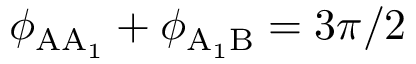
\phi _ { \mathrm { A A _ { 1 } } } + \phi _ { \mathrm { A _ { 1 } B } } = 3 \pi / 2